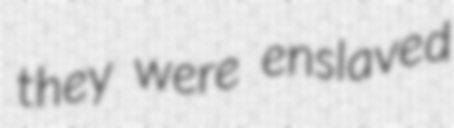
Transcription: they were enslaved